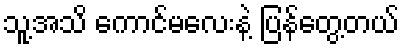
သူ့အသိ ကောင်မလေးနဲ့ ပြန်တွေ့တယ်